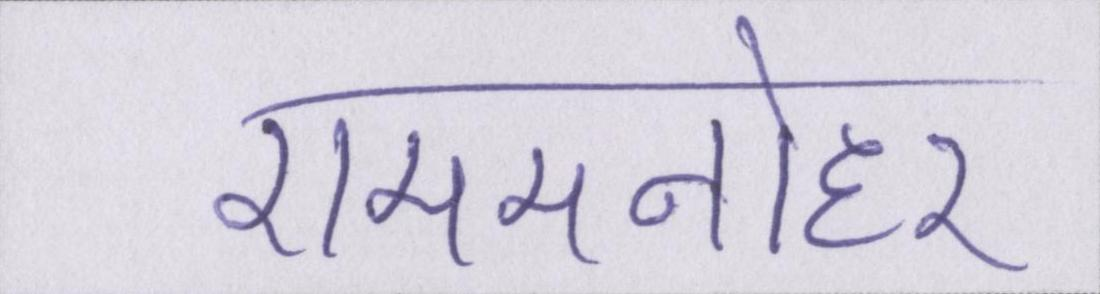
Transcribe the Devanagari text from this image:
राममनोहर